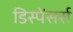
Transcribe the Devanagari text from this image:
डिस्पेंसर्स